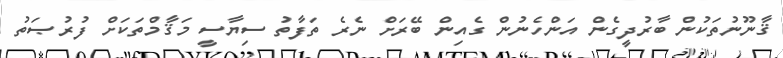
ޤާނޫނުތަކުން ބާރުދީގެން އަންހެނުން ގެއިން ބޭރަށް ނެރެ ތަފާތު ސިޔާސީ މަޤާމްތަކަށް ފުރުޞަތު